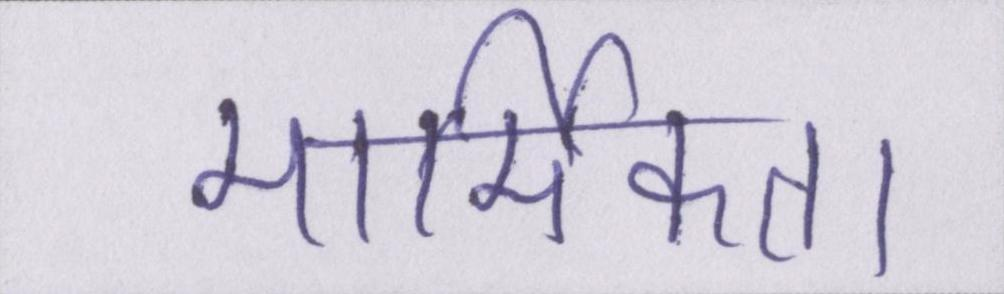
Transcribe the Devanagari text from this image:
मार्मिकता